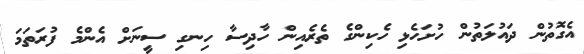
އެގޮތުން ދައުލަތުން ހުށަހެޅި ހެކިންގެ ތެރެއިން ހާދިސާ ހިނގި ސީނަށް އެންމެ ފުރަތަމަ